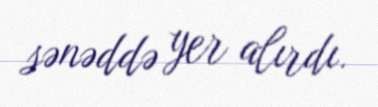
sənəddə yer alırdı.